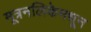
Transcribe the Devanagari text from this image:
मूत्रनलिकेमधून